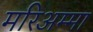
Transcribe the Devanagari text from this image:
मरिअम्मा